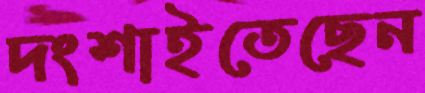
দংশাইতেছেন